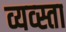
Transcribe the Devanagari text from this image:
व्यव्स्ता